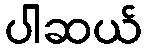
ပါဆယ်